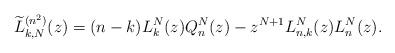
LaTeX: \begin{gather*} \widetilde{L}_{k,N}^{(n^{2})}(z) =(n-k) L_{k}^{N}(z) Q_{n}^{N}(z)-z^{N+1}L_{n,k}^{N}(z) L_{n}^{N}(z) .\end{gather*}